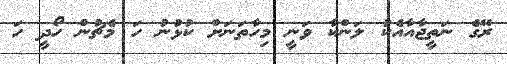
ރޭގެ ނަތީޖާއާއެކު ލަންކާ ވަނީ މިހާތަނަށް ކުޅުނު ހަ މެޗުން ހޯދީ ހަ